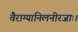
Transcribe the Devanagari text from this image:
वैराग्यानिलनीरजाः।